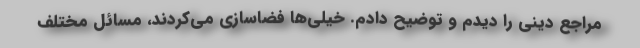
مراجع دینی را دیدم و توضیح دادم. خیلی‌ها فضاسازی می‌کردند، مسائل مختلف